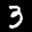
Label: 3